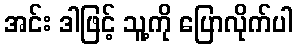
အင်း ဒါဖြင့် သူ့ကို ပြောလိုက်ပါ